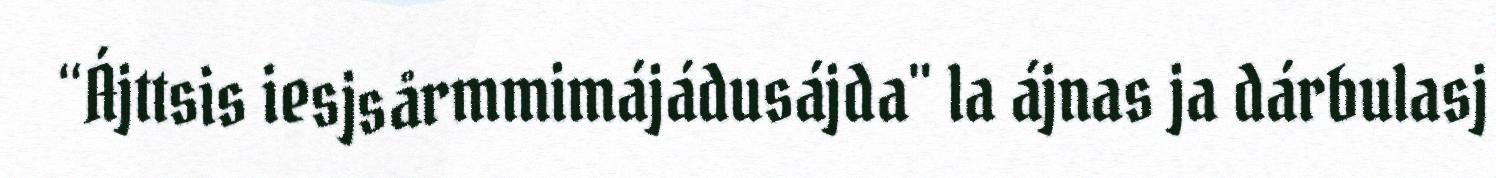
“Ájttsis iesjsårmmimájádusájda" la ájnas ja dárbulasj